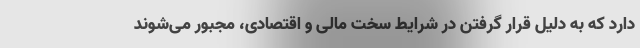
دارد که به دلیل قرار گرفتن در شرایط سخت مالی و اقتصادی، مجبور می‌شوند